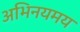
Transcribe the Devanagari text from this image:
अभिनयमय